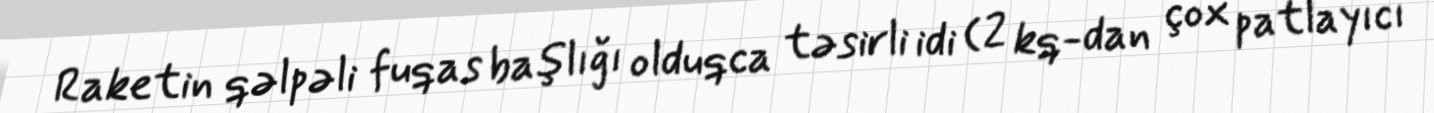
Raketin qəlpəli fuqas başlığı olduqca təsirli idi (2 kq-dan çox patlayıcı